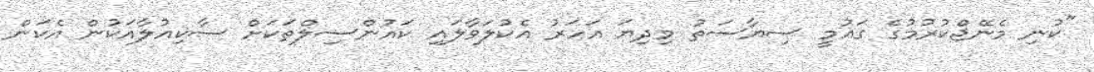
"ކުނި މެނޭޖްކުރުމުގެ ގައުމީ ސިޔާސަތު މިދިޔަ އަހަރު އެކުލަވާލައި ކައުންސިލްތަަކަށް ސާކިއުލާއަކުން އެކަން